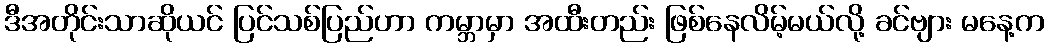
ဒီအတိုင်းသာဆိုယင် ပြင်သစ်ပြည်ဟာ ကမ္ဘာမှာ အထီးတည်း ဖြစ်နေလိမ့်မယ်လို့ ခင်ဗျား မနေ့က